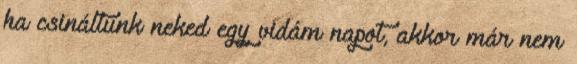
ha csináltunk neked egy vidám napot, akkor már nem